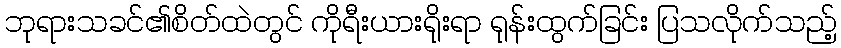
ဘုရားသခင်၏စိတ်ထဲတွင် ကိုရီးယားရိုးရာ ရုန်းထွက်ခြင်း ပြသလိုက်သည့်